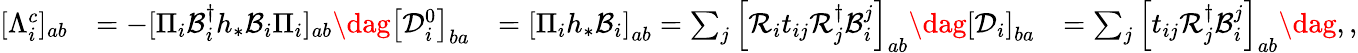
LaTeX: \begin{array}{rlrl}{[\Lambda_{i}^{c}]_{ab}}&{=-[\Pi_{i}\mathcal{B}_{i}^{\dagger}h_{*}\mathcal{B}_{i}\Pi_{i}]_{ab}\dag\left[\mathcal{D}_{i}^{0}\right]_{ba}}&{=\left[\Pi_{i}h_{*}\mathcal{B}_{i}\right]_{ab}=\sum_{j}\left[\mathcal{R}_{i}t_{ij}\mathcal{R}_{j}^{\dagger}\mathcal{B}_{i}^{j}\right]_{ab}\dag\left[\mathcal{D}_{i}\right]_{ba}}&{=\sum_{j}\left[t_{ij}\mathcal{R}_{j}^{\dagger}\mathcal{B}_{i}^{j}\right]_{ab}\dag,,}\end{array}